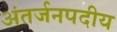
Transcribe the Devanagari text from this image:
अंतर्जनपदीय